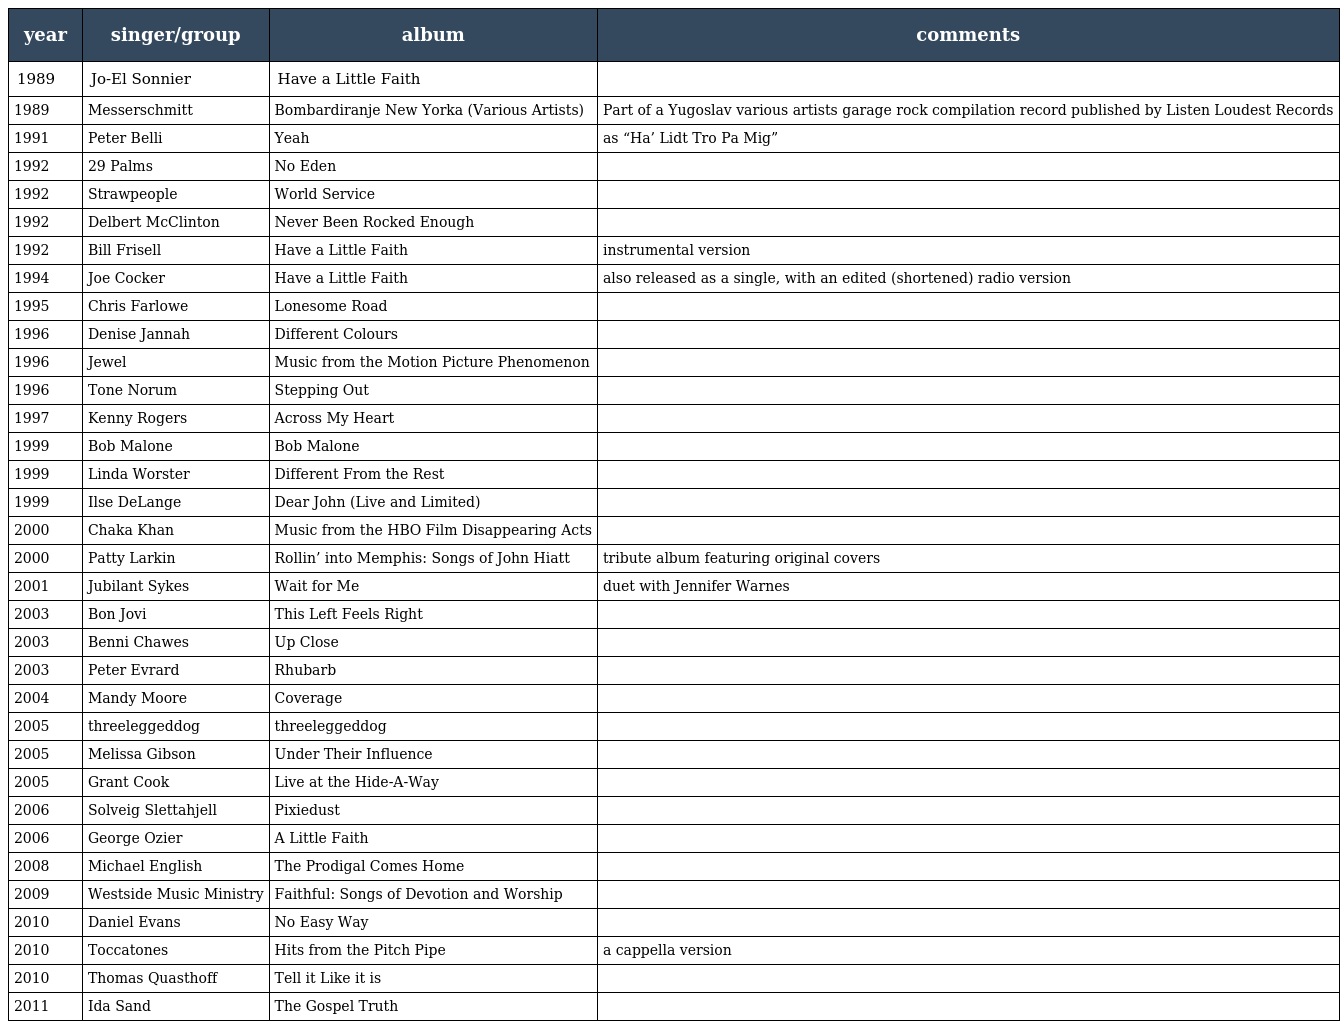
| year | singer/group | album | comments |
 | --- | --- | --- | --- |
 | 1989 | Jo-El Sonnier | Have a Little Faith |  |
 | 1989 | Messerschmitt | Bombardiranje New Yorka (Various Artists) | Part of a Yugoslav various artists garage rock compilation record published by Listen Loudest Records |
 | 1991 | Peter Belli | Yeah | as “Ha’ Lidt Tro Pa Mig” |
 | 1992 | 29 Palms | No Eden |  |
 | 1992 | Strawpeople | World Service |  |
 | 1992 | Delbert McClinton | Never Been Rocked Enough |  |
 | 1992 | Bill Frisell | Have a Little Faith | instrumental version |
 | 1994 | Joe Cocker | Have a Little Faith | also released as a single, with an edited (shortened) radio version |
 | 1995 | Chris Farlowe | Lonesome Road |  |
 | 1996 | Denise Jannah | Different Colours |  |
 | 1996 | Jewel | Music from the Motion Picture Phenomenon |  |
 | 1996 | Tone Norum | Stepping Out |  |
 | 1997 | Kenny Rogers | Across My Heart |  |
 | 1999 | Bob Malone | Bob Malone |  |
 | 1999 | Linda Worster | Different From the Rest |  |
 | 1999 | Ilse DeLange | Dear John (Live and Limited) |  |
 | 2000 | Chaka Khan | Music from the HBO Film Disappearing Acts |  |
 | 2000 | Patty Larkin | Rollin’ into Memphis: Songs of John Hiatt | tribute album featuring original covers |
 | 2001 | Jubilant Sykes | Wait for Me | duet with Jennifer Warnes |
 | 2003 | Bon Jovi | This Left Feels Right |  |
 | 2003 | Benni Chawes | Up Close |  |
 | 2003 | Peter Evrard | Rhubarb |  |
 | 2004 | Mandy Moore | Coverage |  |
 | 2005 | threeleggeddog | threeleggeddog |  |
 | 2005 | Melissa Gibson | Under Their Influence |  |
 | 2005 | Grant Cook | Live at the Hide-A-Way |  |
 | 2006 | Solveig Slettahjell | Pixiedust |  |
 | 2006 | George Ozier | A Little Faith |  |
 | 2008 | Michael English | The Prodigal Comes Home |  |
 | 2009 | Westside Music Ministry | Faithful: Songs of Devotion and Worship |  |
 | 2010 | Daniel Evans | No Easy Way |  |
 | 2010 | Toccatones | Hits from the Pitch Pipe | a cappella version |
 | 2010 | Thomas Quasthoff | Tell it Like it is |  |
 | 2011 | Ida Sand | The Gospel Truth |  |